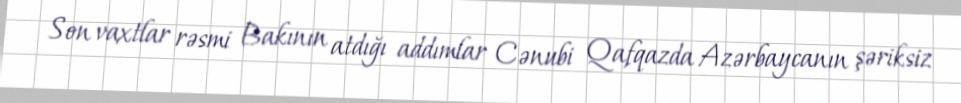
Son vaxtlar rəsmi Bakının atdığı addımlar Cənubi Qafqazda Azərbaycanın şəriksiz